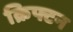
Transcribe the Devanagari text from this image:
क्रिफ्टन